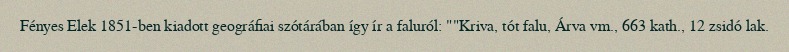
Fényes Elek 1851-ben kiadott geográfiai szótárában így ír a faluról: ""Kriva, tót falu, Árva vm., 663 kath., 12 zsidó lak.